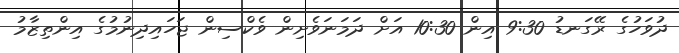
ދުވަހުގެ ރޭގަނޑު 9:30 އިން 10:30 އަށް ދަމަނަވެށިން ވެކްސިން ޖަހައިދިނުމުގެ އިންތިޒާމު